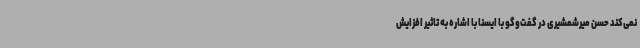
نمی‌کند حسن میرشمشیری در گفت‌وگو با ایسنا با اشاره به تاثیر افزایش